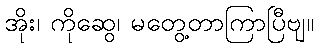
အိုး၊ ကိုဆွေ၊ မတွေ့တာကြာပြီဗျ။